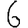
Digit: 6